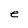
Character: e